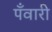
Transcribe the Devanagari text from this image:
पँवारी